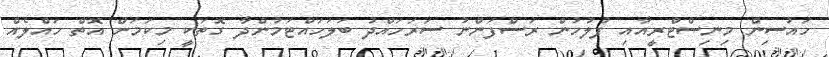
ހައުސިން މިނިސްޓްރީއާއި ފުލުހުން ރަސްފަންނު ސަރަހައްދު ބަލަހައްޓަމުންދާ ގޮތަކީ މިކަމަށް އޮތް ހައްލެއް